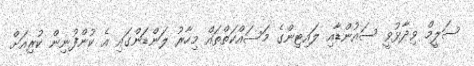
ސަލީމް ވިދާޅުވީ ސައުންޑާއި ލައިޓިންގެ މަސައްކަތްތައް މިހާރު ލަންޑަންގައި އެ ކުންފުނިން ކުރިއަށް